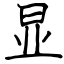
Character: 显